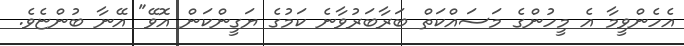
އެހެންވީމާ އެ މީހުންގެ މަސައްކަތް ބަރާބަރުވާނެ ކަމުގެ ޔަގީންކަން އޮވޭ" އޭނާ ބުންޏެވެ.